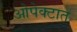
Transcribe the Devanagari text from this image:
ओपेक्टात